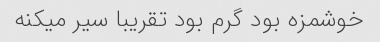
خوشمزه بود گرم بود تقریبا سیر میکنه